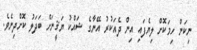
ނިކަން ހިމަކޮށް ލިޔެފައި އިން ދެއަކުރު އޭނާގެ ޝައްކު ޔަޤީނަށް ބަދަލު ކޮށްދިނެވެ.